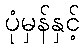
ပုံမှန်နှင့်